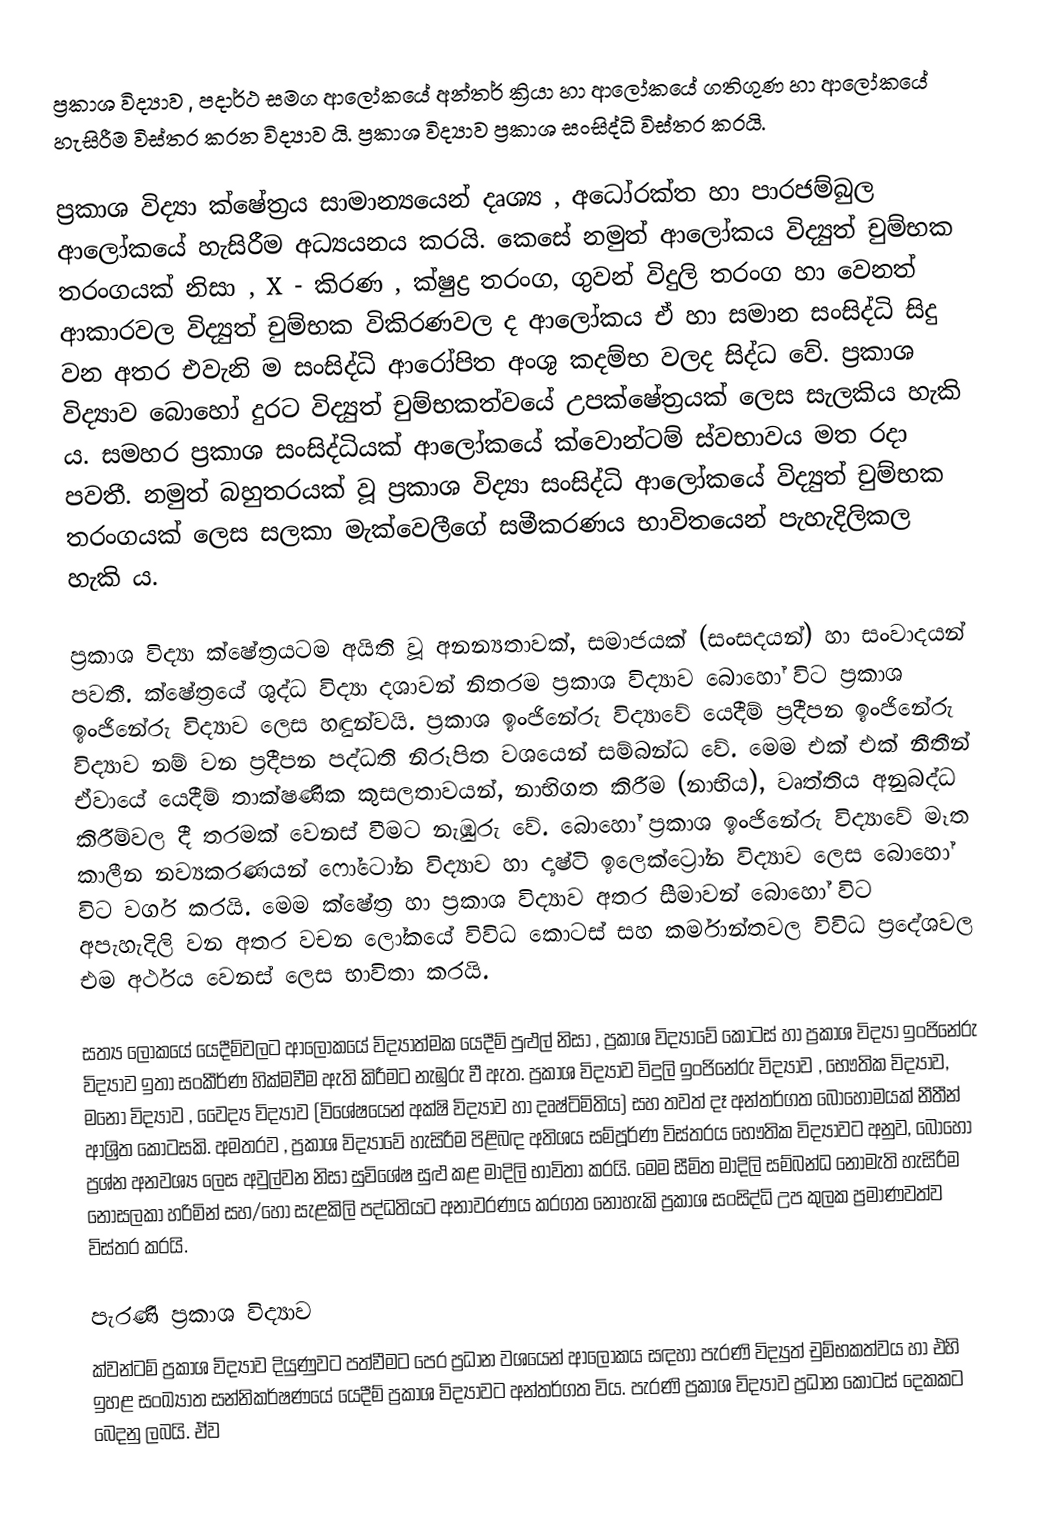
ප්‍රකාශ විද්‍යාව , පදාර්ථ සමග ආලෝකයේ අන්තර් ක්‍රියා හා ආලෝකයේ ගතිගුණ හා ආලෝකයේ හැසිරීම විස්තර කරන විද්‍යාව යි. ප්‍රකාශ විද්‍යාව ප්‍රකාශ සංසිද්ධි විස්තර කරයි.

ප්‍රකාශ විද්‍යා ක්ෂේත්‍රය සාමාන්‍යයෙන් දෘශ්‍ය , අධෝරක්ත හා පාරජම්බුල ආලෝකයේ හැසිරීම අධ්‍යයනය කරයි. කෙසේ නමුත් ආලෝකය විද්‍යුත් චුම්භක තරංගයක් නිසා , X - කිරණ , ක්ෂුද්‍ර තරංග, ගුවන් විදුලි තරංග  හා වෙනත් ආකාරවල විද්‍යුත් චුම්භක විකිරණවල ද ආලෝකය ඒ හා සමාන සංසිද්ධි සිදු වන අතර එවැනි ම සංසිද්ධි ආරෝපිත අංශු කදම්භ වලද සිද්ධ වේ. ප්‍රකාශ විද්‍යාව බොහෝ දුරට විද්‍යුත් චුම්භකත්වයේ උපක්ෂේත්‍රයක් ලෙස සැලකිය හැකි ය. සමහර ප්‍රකාශ සංසිද්ධියක් ආලෝකයේ  ක්වොන්ටම් ස්වභාවය මත රදා පවතී. නමුත් බහුතරයක් වූ ප්‍රකාශ විද්‍යා සංසිද්ධි ආලෝකයේ විද්‍යුත් චුම්භක  තරංගයක් ලෙස සලකා මැක්වෙලීගේ සමීකරණය භාවිතයෙන් පැහැදිලිකල හැකි ය.

ප්‍රකාශ විද්‍යා ක්ෂේත්‍රයටම  අයිති වූ  අනන්‍යතාවක්, සමාජයක් (සංසදයන්) හා සංවාදයන් පවතී. ක්ෂේත්‍රයේ ශුද්ධ විද්‍යා දශාවන් නිතරම ප්‍රකාශ විද්‍යාව බොහෝ විට ප්‍රකාශ ඉංජිනේරු විද්‍යාව ලෙස හඳුන්වයි. ප්‍රකාශ ඉංජිනේරු විද්‍යාවේ යෙදීම් ප්‍රදීපන ඉංජිනේරු විද්‍යාව නම් වන ප්‍රදීපන පද්ධති නිරූපිත වශයෙන් සම්බන්ධ වේ. මෙම එක් එක් නීතීන් ඒවායේ යෙදීම් තාක්ෂණික කුසලතාවයන්, නාභිගත කිරීම (නාභිය), වෘත්තිය අනුබද්ධ කිරීම්වල දී තරමක් වෙනස් වීමට නැඹුරු වේ.  බොහෝ ප්‍රකාශ ඉංජිනේරු විද්‍යාවේ මෑත කාලීන නව්‍යකරණ‍යන් ෆෝටෝන විද්‍යාව හා දෘෂ්ටි ඉලෙක්ට්‍රෝන විද්‍යාව ලෙස බොහෝ විට වර්ග කරයි. මෙම ක්ෂේත්‍ර හා ප්‍රකාශ විද්‍යාව අතර සීමාවන් බොහෝ විට අපැහැදිලි වන අතර වචන ‍ලෝකයේ විවිධ කොටස් සහ කර්මාන්තවල විවිධ ප්‍රදේශවල එම අර්ථය වෙනස් ලෙස භාවිතා කරයි.

සත්‍ය ලෝකයේ යෙදීම්වලට ආලෝකයේ විද්‍යාත්මක යෙදීම් පුළුල් නිසා , ප්‍රකාශ විද්‍යාවේ කොටස් හා ප්‍රකාශ විද්‍යා ඉංජිනේරු විද්‍යාව ඉතා සංකීර්ණ හික්මවීම ඇති කිරීමට නැඹුරු වී ඇත. ප්‍රකාශ විද්‍යාව විදුලි ඉංජිනේරු විද්‍යාව , භෞතික විද්‍යාව, මනෝ විද්‍යාව , වෛද්‍ය විද්‍යාව (විශේෂයෙන් අක්ෂි විද්‍යාව හා දෘෂ්ටිමිතිය) සහ තවත් දෑ අන්තර්ගත බොහෝමයක් නීතීන් ආශ්‍රිත කොටසකි. අමතරව , ප්‍රකාශ විද්‍යාවේ හැසිරීම පිළිබඳ අතිශය සම්පූර්ණ විස්තරය භෞතික විද්‍යාවට අනුව, බොහෝ ප්‍රශ්න අනවශ්‍ය ලෙස අවුල්වන නිසා සුවිශේෂ සුළු කළ මාදිලි භාවිතා කරයි. මෙම සීමිත මාදිලි සම්බන්ධ නොමැති හැසිරීම නොසලකා හරිමින් සහ/හෝ සැළකිලි පද්ධතියට අනාවරණය කරගත නොහැකි ප්‍රකාශ සංසිද්ධි උප කුලක ප්‍රමාණවත්ව විස්තර කරයි.

පැරණි ප්‍රකාශ විද්‍යාව
ක්වන්ටම්  ප්‍රකාශ විද්‍යාව දියුණුවට පත්වීමට පෙර ප්‍රධාන වශයෙන් ආලෝකය සඳහා පැරණි විද්‍යුත් චුම්භකත්වය හා එහි  ඉහළ සංඛ්‍යාත සන්නිකර්ෂණයේ  යෙදීම් ප්‍රකාශ විද්‍යාවට  අන්තර්ගත විය. පැරණි ප්‍රකාශ විද්‍යාව ප්‍රධාන කොටස්  දෙකකට බෙදනු ලබයි.  ඒව